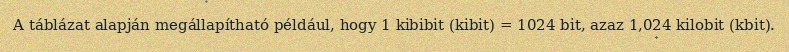
A táblázat alapján megállapítható például, hogy 1 kibibit (kibit) = 1024 bit, azaz 1,024 kilobit (kbit).